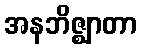
အနဘိဇ္ဈာတာ